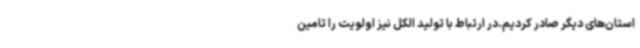
استان‌های دیگر صادر کردیم.در ارتباط با تولید الکل نیز اولویت را تامین